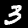
Label: 3